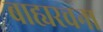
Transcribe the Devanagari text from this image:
बाह्यरचना